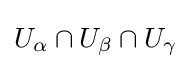
U_{\alpha }\cap U_{\beta }\cap U_{\gamma }